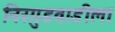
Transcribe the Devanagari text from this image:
निरगुडवाडीला